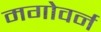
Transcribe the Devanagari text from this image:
मगोवर्न